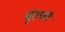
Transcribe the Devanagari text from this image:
बृंहणी